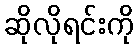
ဆိုလိုရင်းကို